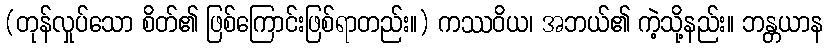
(တုန်လှုပ်သော စိတ်၏ ဖြစ်ကြောင်းဖြစ်ရာတည်း။) ကဿဝိယ၊ အဘယ်၏ ကဲ့သို့နည်း။ ဘန္တယာန